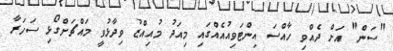
"ސަން" އަށް ދެއްވި ހާއްސަ އިންޓަވިއުއެއްގައި މިއަދު މުއިއްޒު ވިދާޅުވީ މައްޗަށްގޯޅި ސަހަރާ